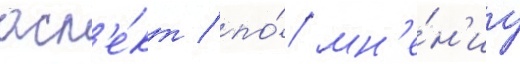
асп'е́кт / по́ мн'е́н'иу